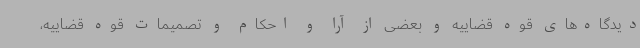
دیدگاه‌های قوه قضاییه و بعضی از آرا و احکام و تصمیمات قوه قضاییه،